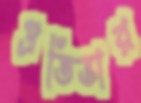
প্রতিভার